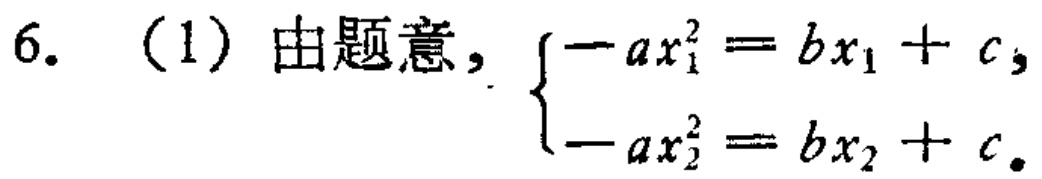
6. （1）由题意，\(\begin{cases}-ax_{1}^{2}=bx_{1}+c,\\-ax_{2}^{2}=bx_{2}+c.\end{cases}\)